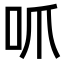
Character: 𫩜